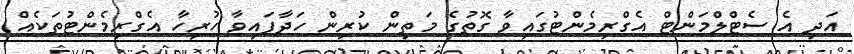
އަދި އެ ސެޓްލްމަންޓް އެގްރިމެންޓުގައިވާ ގޮތުގެ މަތިން ކުރިން ހަދާފައިވާ ހުރިހާ އެގްރިމެންޓުތަކެއް